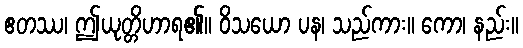
ဧတဿ၊ ဤယုတ္တိဟာရ၏။ ဝိသယော ပန၊ သည်ကား။ ကော၊ နည်း။